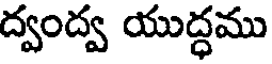
ద్వంద్వ యుద్ధము